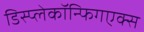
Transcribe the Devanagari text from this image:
डिस्प्लेकॉन्फिगएक्स